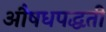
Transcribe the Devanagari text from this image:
औषधपद्धती